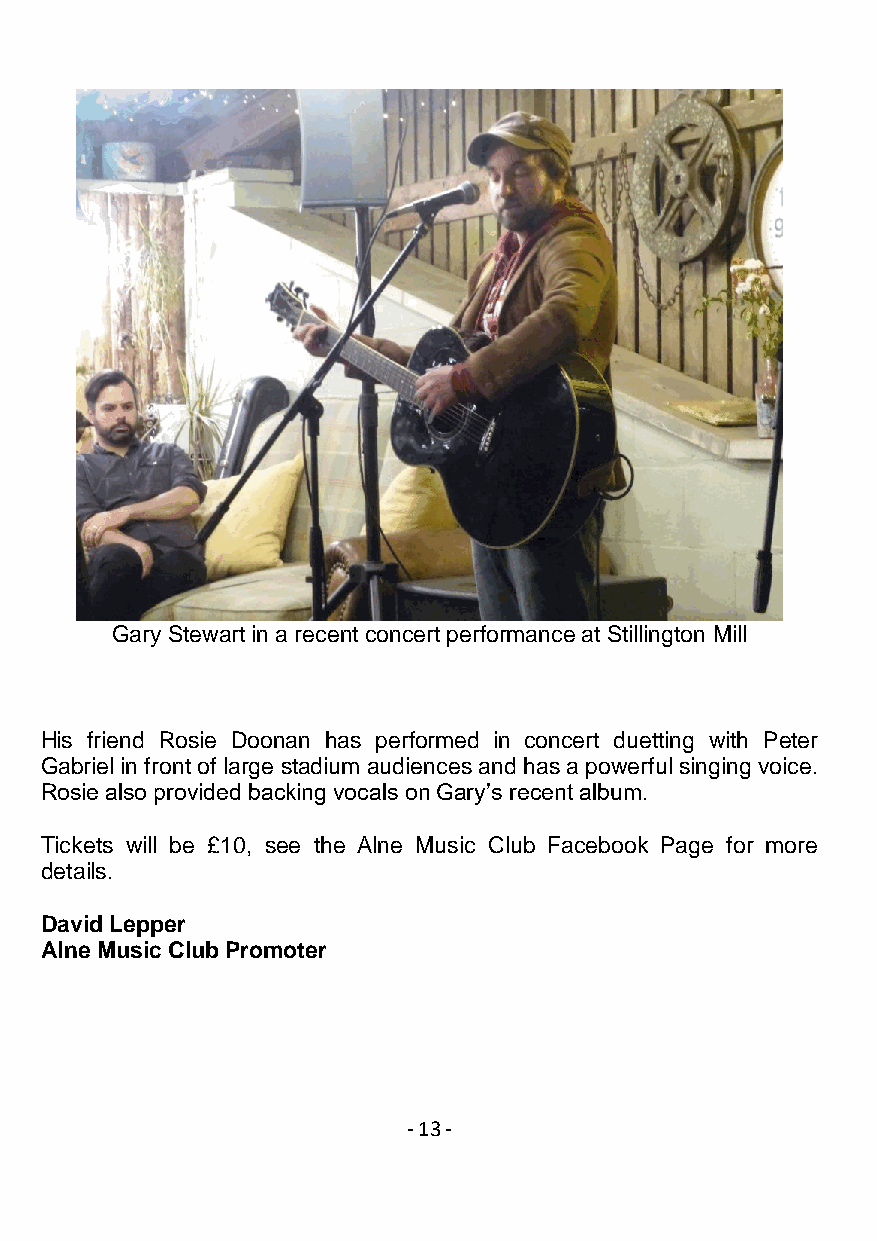
Gary Stewart in a recent concert performance at Stillington Mill
 His friend Rosie Doonan has performed in concert duetting with Peter
 Gabriel in front of large stadium audiences and has a powerful singing voice.
 Rosie also provided backing vocals on Gary’s recent album.
 Tickets will be £10, see the Alne Music Club Facebook Page for more
 details.
 David Lepper
 Alne Music Club Promoter
 - 1 3 -